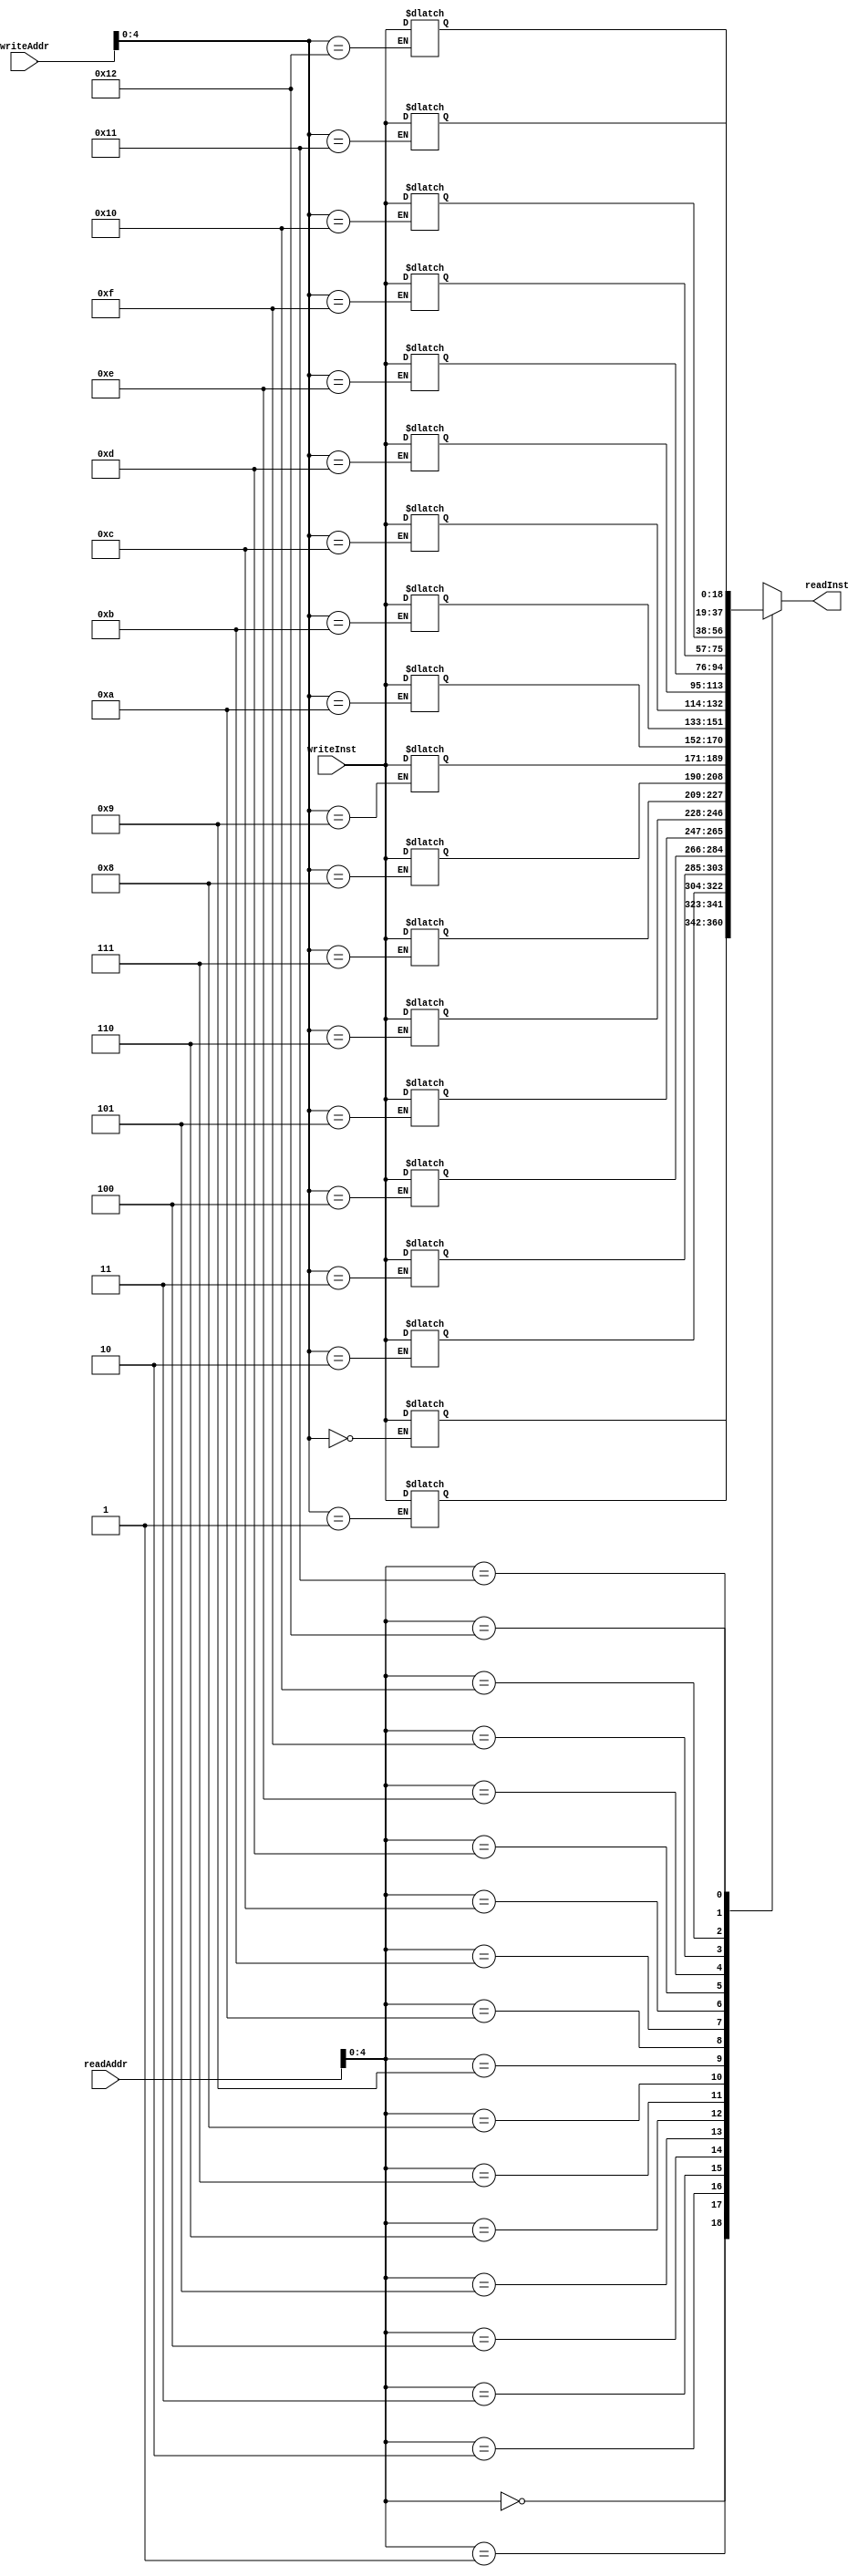
// 1K entry instrutction memory.

module instructionMemory (readInst, readAddr, writeInst, writeAddr);

parameter N = 19;
parameter O = 10; //since we need 1000 addresses

input [N-1:0] writeInst;
input [O-1:0] writeAddr, readAddr;

output [N-1:0] readInst;

reg [N-1:0] instMem [0:N-1];


//reading the instruction from the address that is given 
integer readAddrInt;
always@(readAddr)
begin
readAddrInt = readAddr;
end

assign readInst = instMem[readAddrInt];

//checking the write address and writing the instruction into the Instruction Memory
integer writeAddrInt;
always@(writeAddr)
begin
writeAddrInt = writeAddr;
instMem [writeAddrInt] <= writeInst;
end

endmodule